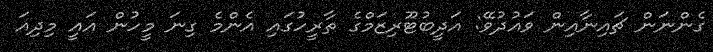
ގެންނަން ޗައިނާއިން ވައުދުވޭ: އަދީބުޓޫރިޒަމްގެ ތާރީހުގައި އެންމެ ގިނަ މީހުން އައީ މިދިއަ